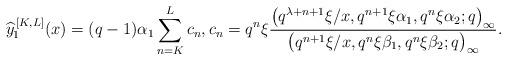
LaTeX: \begin{align*} \widehat{y}_1^{\,[K,L]}(x) = (q-1)\alpha_1\sum_{n=K}^{L}c_n, c_n = q^n\xi\frac{\big(q^{\lambda+n+1}\xi / x, q^{n+1} \xi\alpha_1, q^n \xi\alpha_2 ; q\big)_{\infty}}{\big(q^{n+1}\xi / x, q^n \xi\beta_1, q^n \xi\beta_2 ; q\big)_{\infty}} .\end{align*}